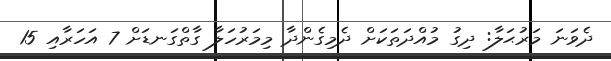
ދެވަނަ މަރުޙަލާ: ދިގު މުއްދަތަކަށް ދެމިގެންދާ މިމަރުހަލާ ގާތްގަނޑަށް 7 އަހަރާއި 15